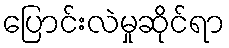
ပြောင်းလဲမှုဆိုင်ရာ